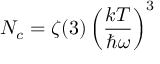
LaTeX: N _ { c } = \zeta ( 3 ) \left( { \frac { k T } { \hbar \omega } } \right) ^ { 3 }